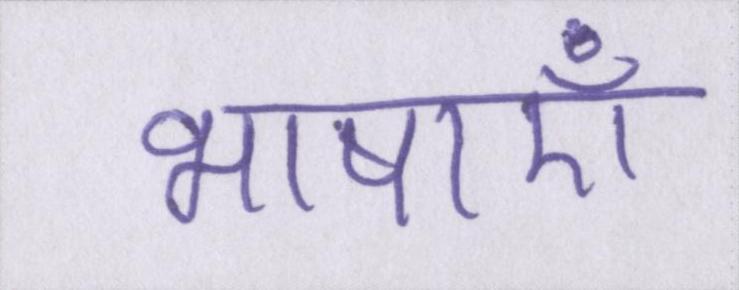
भाषाएँ